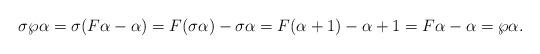
LaTeX: \begin{align*}\sigma \wp \alpha = \sigma (F \alpha - \alpha) = F( \sigma \alpha) - \sigma \alpha=F(\alpha+1)-\alpha+1 = F \alpha - \alpha = \wp \alpha.\end{align*}